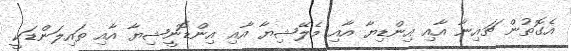
އެގޮތުން ޗައިނާ އާއި އިންޑިޔާ އާއި މެލޭޝިޔާ އާއި އިންޑޮނީޝިޔާ އާއި ތައިލަންޑަކީ